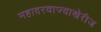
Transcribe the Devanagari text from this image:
महादरवाज्याखेरीज